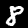
Digit: 8